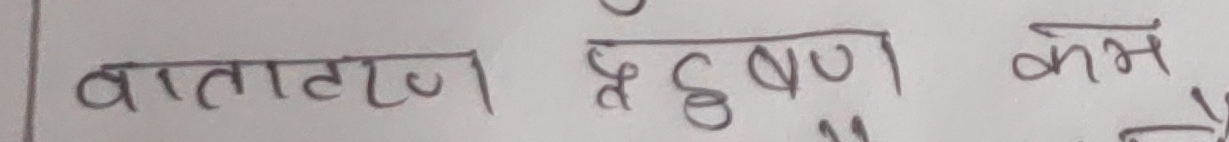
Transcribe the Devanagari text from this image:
वातावरण प्रदूषण कम